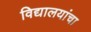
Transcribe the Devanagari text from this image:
विद्यालयांचा